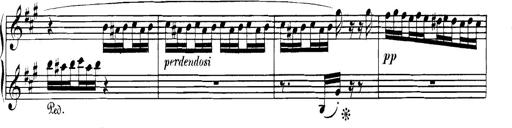
Title: Spinnerlied aus dem Fliegenden HollÃ¤nder
Composer: Franz Liszt